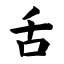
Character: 舌